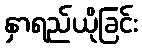
နှာရည်ယိုခြင်း